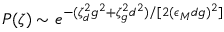
P ( \zeta ) \sim e ^ { - ( \zeta _ { d } ^ { 2 } g ^ { 2 } + \zeta _ { g } ^ { 2 } d ^ { 2 } ) / [ 2 ( \epsilon _ { M } d g ) ^ { 2 } ] }